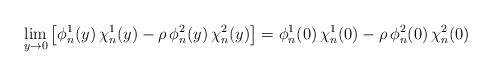
\begin{align*}\lim_{y\to0}\left[\phi^1_n(y)\,\chi^1_n(y)-\rho\,\phi^2_n(y)\,\chi^2_n(y)\right]=\phi^1_n(0)\,\chi^1_n(0)-\rho\,\phi^2_n(0)\,\chi^2_n(0)\end{align*}